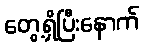
တွေ့ရှိပြီးနောက်